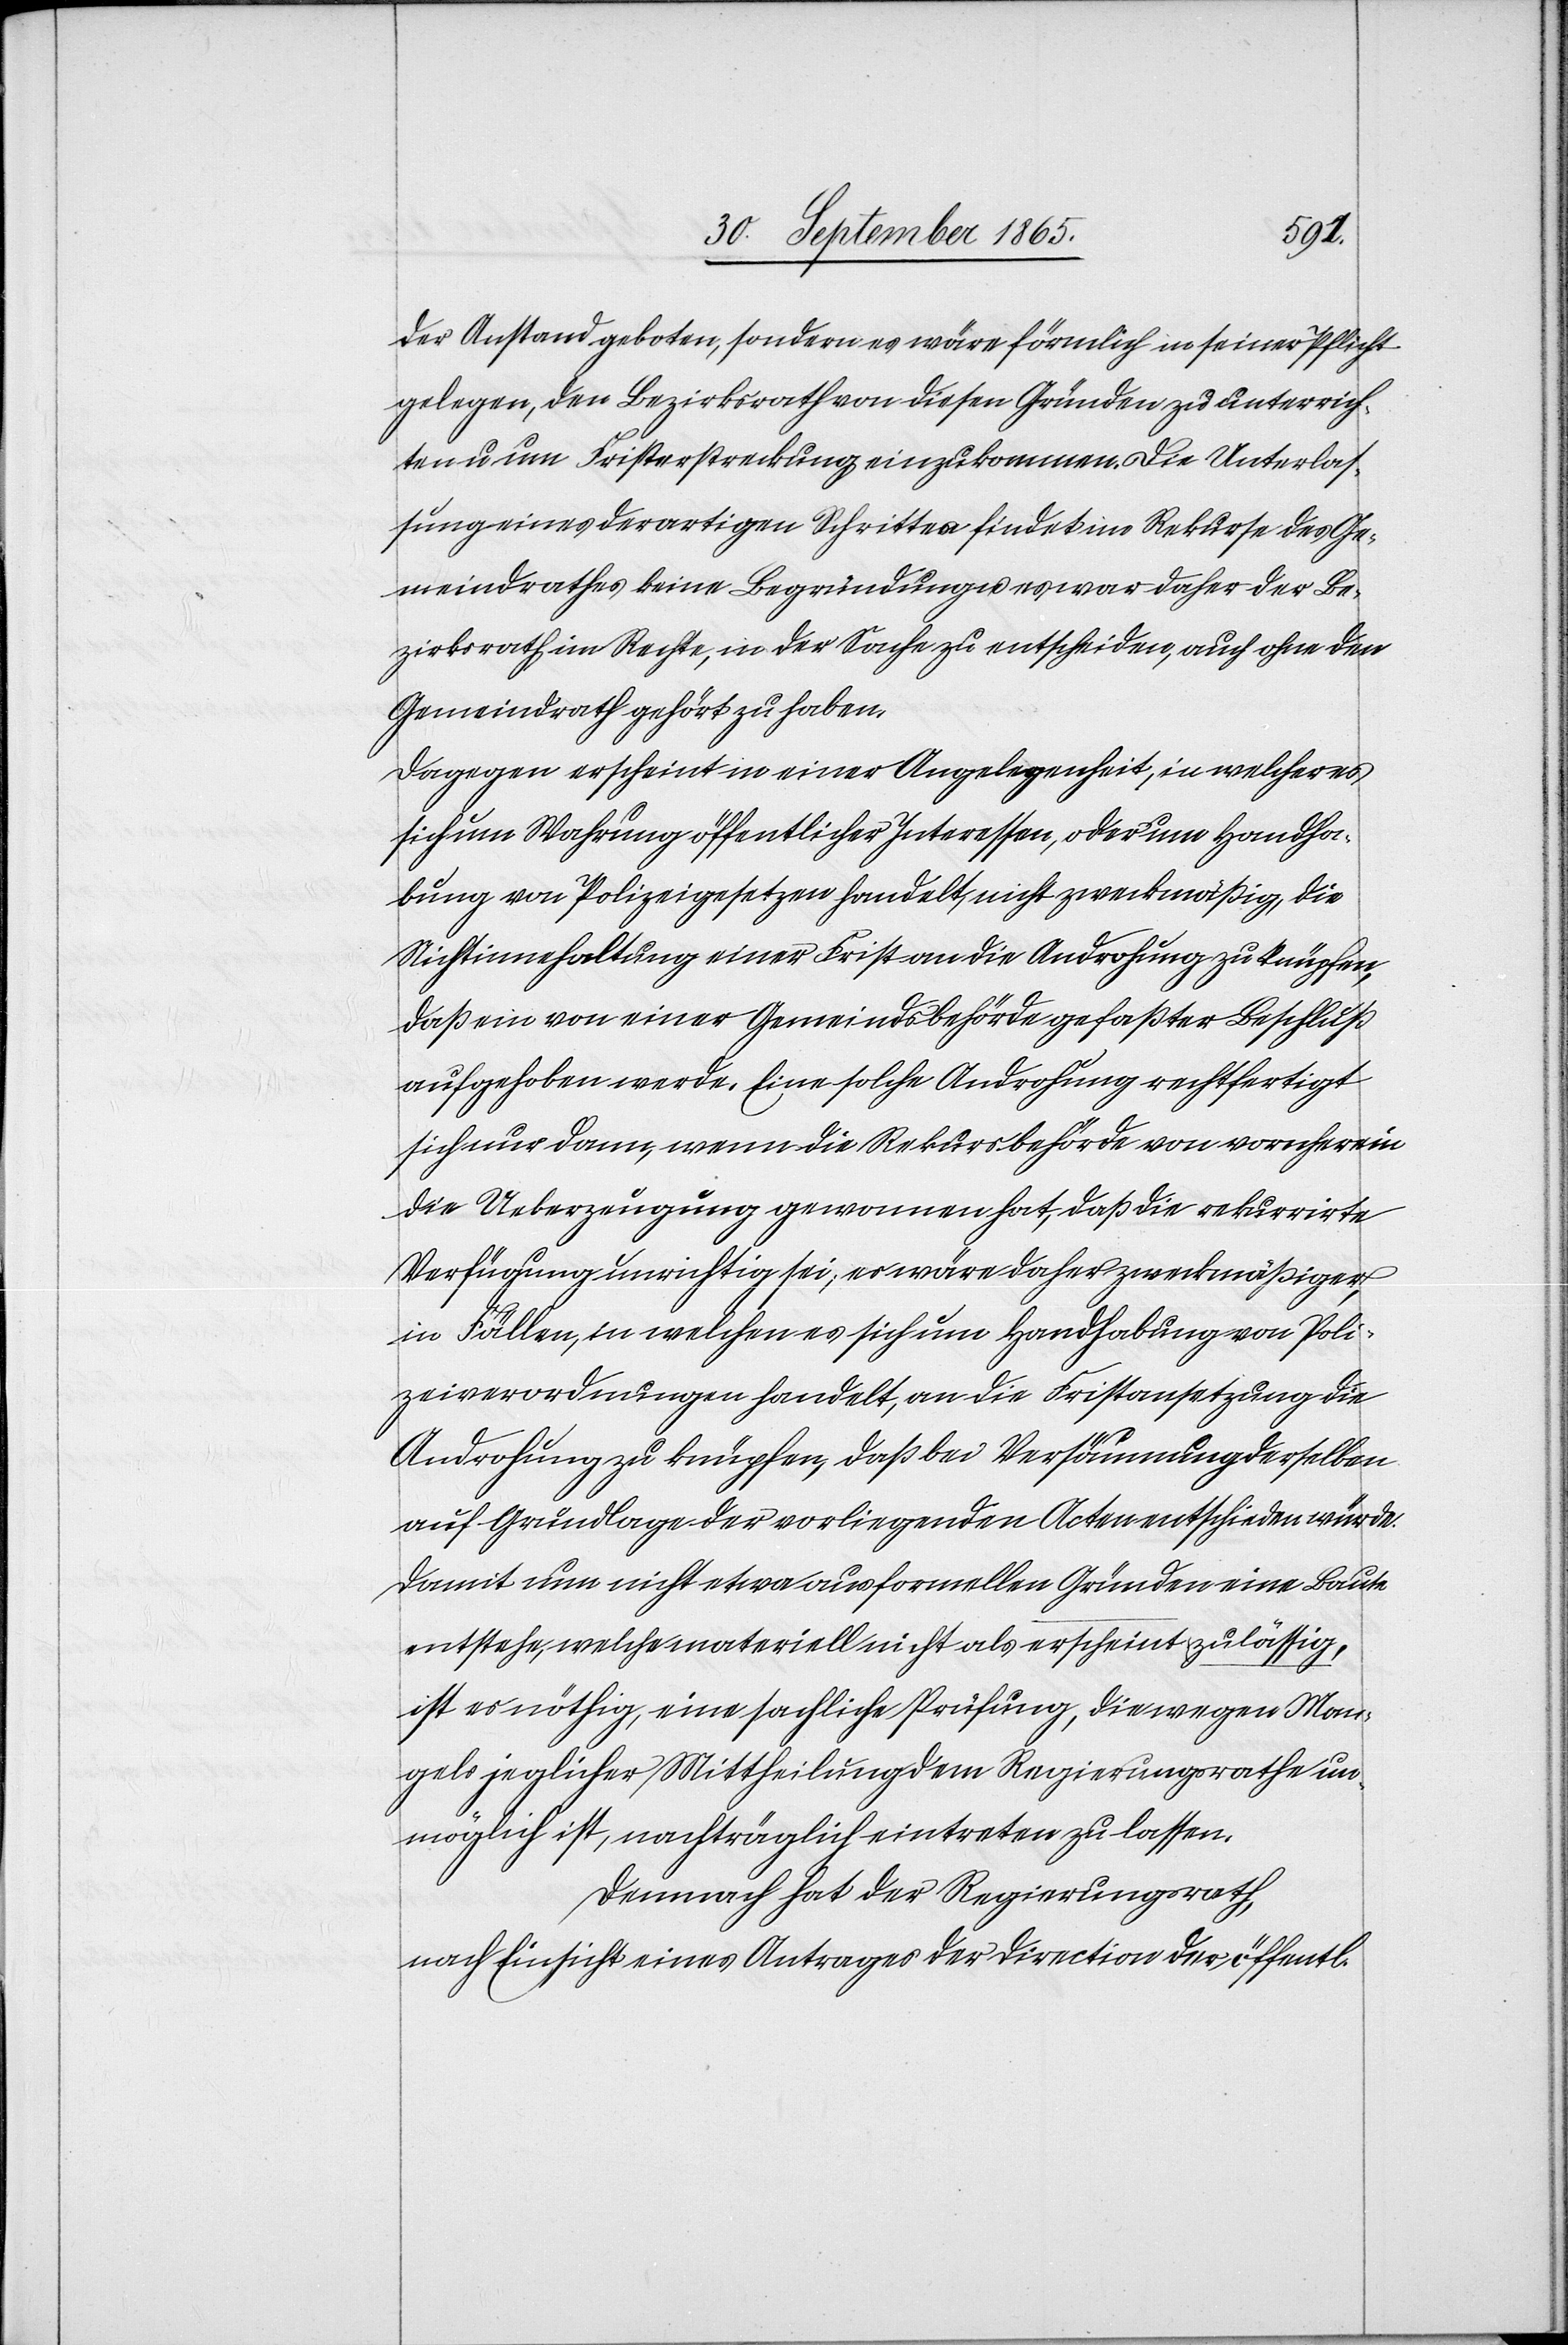
Man¬
der Anstand geboten, sondern es wäre förmlich in seiner Pflicht
gelegen, den Bezirksrath von diesen Gründen zu unterrich¬
ten u. um Fristerstreckung einzukommen. Die Unterlas¬
sung eines derartigen Schrittes findet im Rekurse des Ge¬
meindrathes keine Begründung u. es war daher der Be¬
zirksrath im Rechte, in der Sache zu entscheiden, auch ohne den
Gemeindrath gehört zu haben.
Dagegen erscheint in einer Angelegenheit, in welcher es
sich um Wahrung öffentlicher Interessen oder um Handha¬
bung von Polizeigesetzen handelt, nicht zweckmäßig, die
Nichtinnehaltung einer First an die Androhung zu knüpfen,
daß ein von einer Gemeindsbehörde gefaßter Beschluß
aufgehoben werde. Eine solche Androhung rechtfertigt
sich nur dann, wenn die Rekursbehörde von vornherein
die Ueberzeugung gewonnen hat, daß die rekurrirte
Verfügung unrichtig sei; es wäre daher zweckmäßiger,
in Fällen, in welchen es sich um Handhabung von Poli¬
zeiverordnungen handelt, an die Fristansetzung die
Androhung zu knüpfen, daß bei Versäumung derselben
auf Grundlage der vorliegenden Acten entschieden würde.
Damit nun nicht etwa aus formellen Gründen eine Baute
entstehe, welche materiell nicht als zulässig erscheint, ist es nöthig,
gels jeglicher Mittheilung dem Regierungsrathe un¬
möglich ist, nachträglich eintreten zu lassen.
Demnach hat der Regierungsrath,
nach Einsicht eines Antrages der Direction der öffentl.